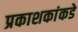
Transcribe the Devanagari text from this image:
प्रकाशकांकडे